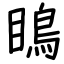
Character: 瞗